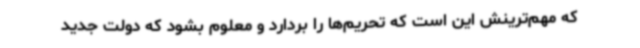
که مهم‌ترینش این است که تحریم‌ها را بردارد و معلوم بشود که دولت جدید